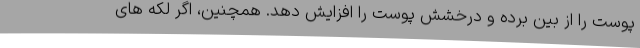
پوست را از بین برده و درخشش پوست را افزایش دهد. همچنین، اگر لکه های